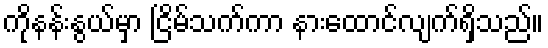
ကိုနန်းနွယ်မှာ ငြိမ်သက်ကာ နားထောင်လျက်ရှိသည်။